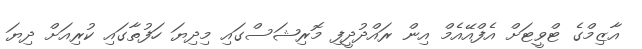
އާޒިމްގެ ޓްވީޓަށް އެފްއޭއެމް އިން ރައްދުދީފި މޮރިޝަސްގައި މިދިޔަ ހަފުތާގައި ކުރިއަށް ދިޔަ